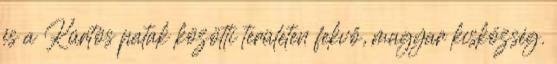
és a Kürtös patak közötti területen fekvő, magyar kisközség.